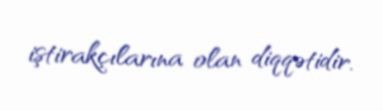
iştirakçılarına olan diqqətidir.